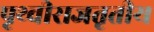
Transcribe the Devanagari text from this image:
पृथ्वीराजतृतीय